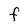
Character: F